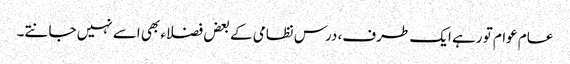
عام عوام تو رہے ایک طرف، درس نظامی کے بعض فضلاء بھی اسے نہیں جانتے۔